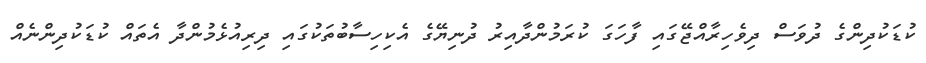
ކުޑަކުދިންގެ ދުވަސް ދިވެހިރާއްޖޭގައި ފާހަގަ ކުރަމުންދާއިރު ދުނިޔޭގެ އެކިހިސާބުތަކުގައި ދިރިއުޅެމުންދާ އެތައް ކުޑަކުދިންނެއް